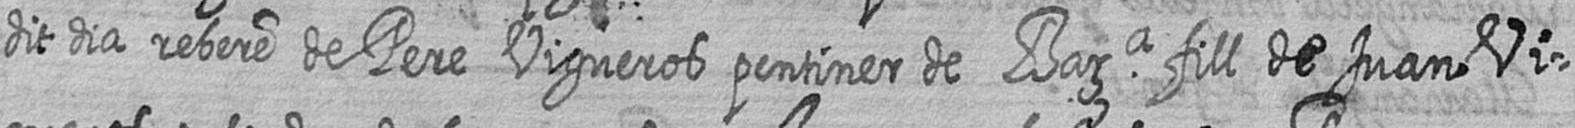
dit dia rebere de Pere Vigueros pentiner de Bara fill de Juan Vi=